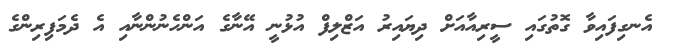
އެނގިފައިވާ ގޮތުގައި ސީރިއާއަށް ދިޔައިރު އަޒްލިފް އުޅުނީ އޭނާގެ އަންހެނުންނާއި އެ ދެމަފިރިންގެ